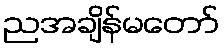
ညအချိန်မတော်